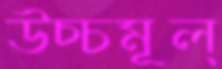
উচ্চমূল্